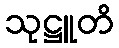
သုဋ္ဌူတိ